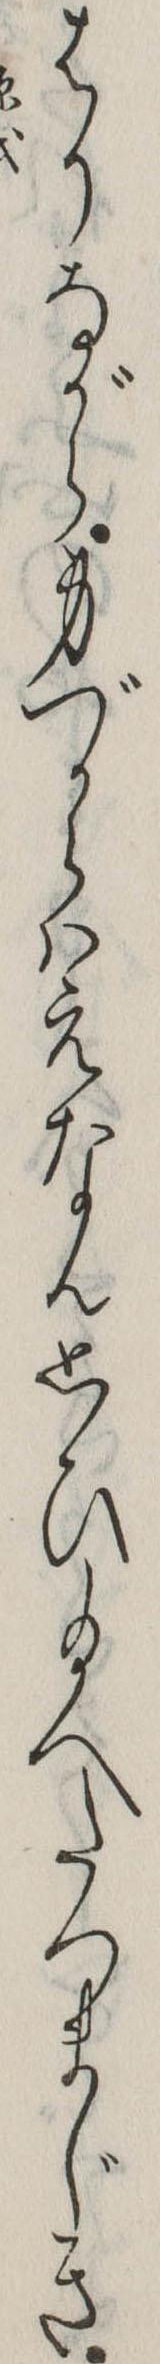
はりながら身づからはえなん思ひ給へたつまじき